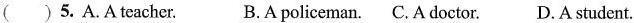
( )5. A. A tcacher. B. A policeman. C. A doctor. D. A student.